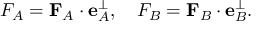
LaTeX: F _ { A } = \mathbf { F } _ { A } \cdot \mathbf { e } _ { A } ^ { \perp } , \quad F _ { B } = \mathbf { F } _ { B } \cdot \mathbf { e } _ { B } ^ { \perp } .